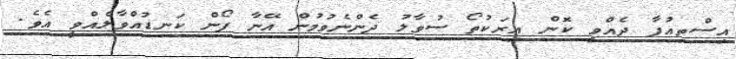
އިސްތިއުފާ ދެއްވީ ކޮން އިރަކުތޯ ސުވާލު ދެންނެވުމުން އޭނާ ފޯން ކަނޑުއްވާލެއްވީ އެވެ.